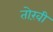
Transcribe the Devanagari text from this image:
तोख़ी